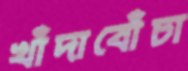
খাঁদাবোঁচা